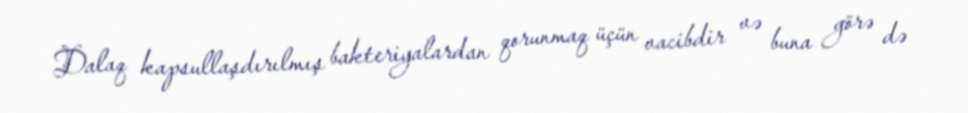
Dalaq kapsullaşdırılmış bakteriyalardan qorunmaq üçün vacibdir və buna görə də